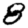
Digit: 8